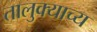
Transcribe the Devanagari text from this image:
तालुक्याच्य